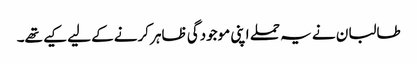
طالبان نے یہ حملے اپنی موجودگی ظاہر کرنےکے لیے کیے تھے۔